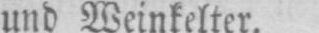
und Weinkelter.